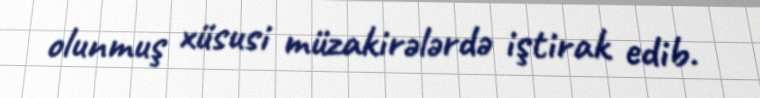
olunmuş xüsusi müzakirələrdə iştirak edib.